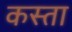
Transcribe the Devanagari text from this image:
कस्‍ता